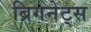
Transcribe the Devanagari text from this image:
ब्रिगनेट्स